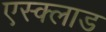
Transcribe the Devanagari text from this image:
एस्क्लाड